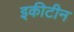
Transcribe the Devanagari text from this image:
इकीटीन